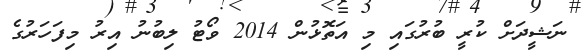
ނަޝީދަށް ކުރީ ބުރުގައި މި އަތޮޅުން 2014 ވޯޓު ލިބުނު އިރު މިފަހަރުގެ